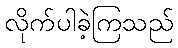
လိုက်ပါခဲ့ကြသည်